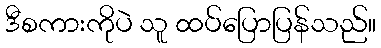
ဒီစကားကိုပဲ သူ ထပ်ပြောပြန်သည်။